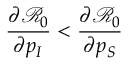
\frac { \partial \mathcal { R } _ { 0 } } { \partial p _ { I } } < \frac { \partial \mathcal { R } _ { 0 } } { \partial p _ { S } }